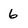
Character: 6